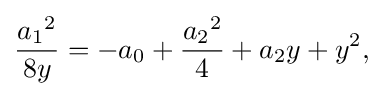
{\frac {{a_{1}}^{2}}{8y}}=-a_{0}+{\frac {{a_{2}}^{2}}{4}}+a_{2}y+y^{2}{\text{,}}